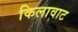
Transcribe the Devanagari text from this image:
किलावाट